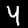
Label: 4